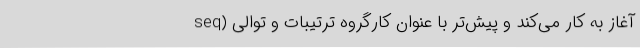
آغاز به کار می‌کند و پیش‌تر با عنوان کارگروه ترتیبات و توالی (seq